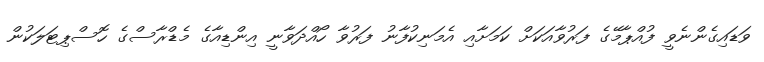
ވަޑައިގެންނެވީ ފުއްޕާމޭގެ ފަރުވާއަކަށް ކަމަށާއި އެމަނިކުފާނު ފަރުވާ ހޯއްދަވާނީ އިންޑިއާގެ މެޑްރާސްގެ ހޮސްޕިޓަލަކުން